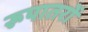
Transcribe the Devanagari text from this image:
रूपातरों